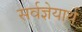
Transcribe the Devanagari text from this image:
सर्वज्ञेयार्थ